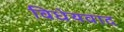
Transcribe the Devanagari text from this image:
विधेयवाद